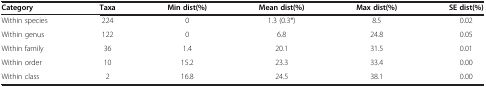
| Category | Taxa | Min dist(%) | Mean dist(%) | Max dist(%) | SE dist(%) |
 | --- | --- | --- | --- | --- | --- |
 | Within species | 224 | 0 | 1.3 (0.3*) | 8.5 | 0.02 |
 | Within genus | 122 | 0 | 6.8 | 24.8 | 0.05 |
 | Within family | 36 | 1.4 | 20.1 | 31.5 | 0.01 |
 | Within order | 10 | 15.2 | 23.3 | 33.4 | 0.00 |
 | Within class | 2 | 16.8 | 24.5 | 38.1 | 0.00 |